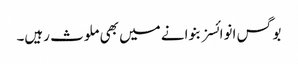
بوگس انوائسز بنوانے میں بھی ملوث رہیں۔